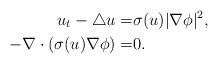
LaTeX: \begin{align*} u_{t}-\bigtriangleup u=&\sigma(u)|\nabla \phi|^2, \\-\nabla\cdot(\sigma(u)\nabla \phi)=&0.\end{align*}